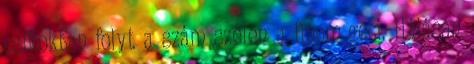
csíkokban folyt a szám szélén a finom geci. Hálásan